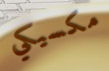
مكسيكي